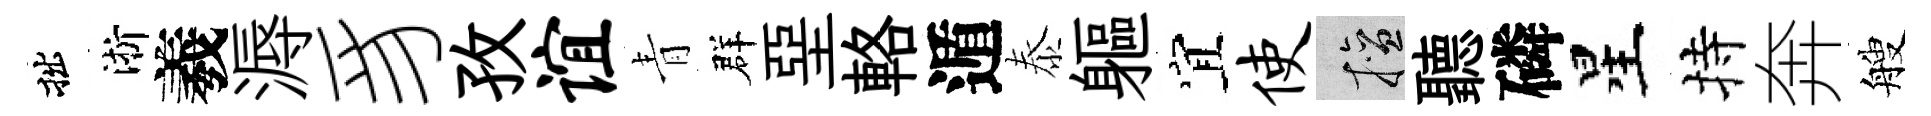
拙淅羲溽豸孜谊青群堊輅遁泰軀宜使擅聽磷星持奔艘